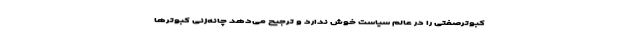
کبوترصفتی را در عالم سیاست خوش ندارد و ترجیح می‌دهد چانه‌زنی کبوترها